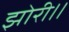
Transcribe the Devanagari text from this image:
झोरी।।